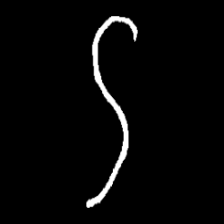
Pyu character \u2014 Myanmar letter: ဌ (romanized: ttha)